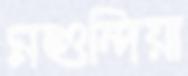
মশুন্দিয়া